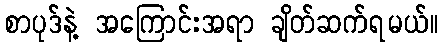
စာပုဒ်နဲ့ အကြောင်းအရာ ချိတ်ဆက်ရမယ်။